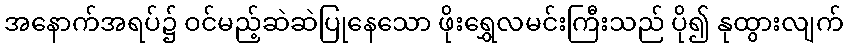
အနောက်အရပ်၌ ဝင်မည့်ဆဲဆဲပြုနေသော ဖိုးရွှေလမင်းကြီးသည် ပို၍ နုထွားလျက်